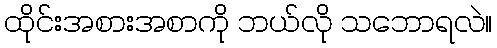
ထိုင်းအစားအစာကို ဘယ်လို သဘောရလဲ။